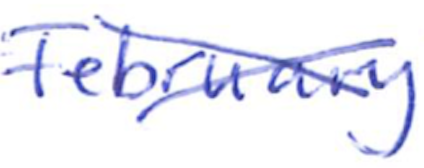
Text: February
Cross-out: cross
Writing tool: ballpoint